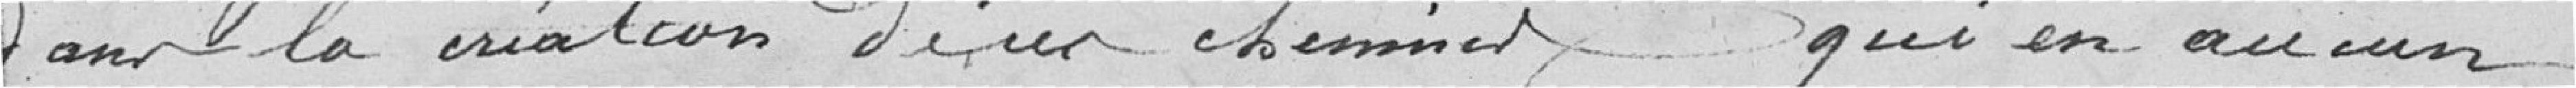
dans la création de ces chemins qui en aucun